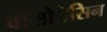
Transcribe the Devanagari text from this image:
वासोप्रेसिन